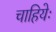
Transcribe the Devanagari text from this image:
चाहियेः